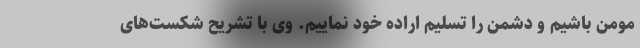
مومن باشیم و دشمن را تسلیم اراده خود نماییم. وی با تشریح شکست‌های